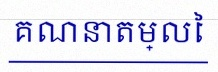
គណនាតម្លៃ